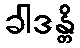
ခါဒန္တိ